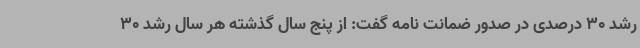
رشد 30 درصدی در صدور ضمانت نامه گفت: از پنج سال گذشته هر سال رشد 30